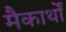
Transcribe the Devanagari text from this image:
मैकार्थों